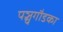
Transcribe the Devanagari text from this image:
पञ्चगौडका